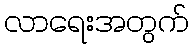
လာရေးအတွက်